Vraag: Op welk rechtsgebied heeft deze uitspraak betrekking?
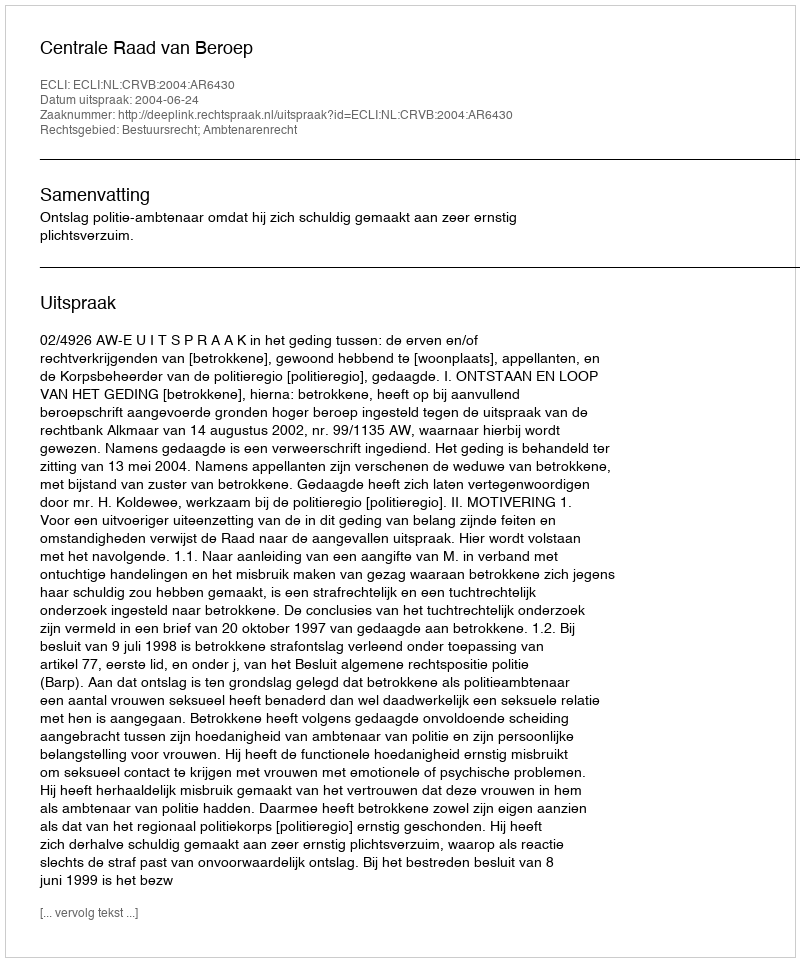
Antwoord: Bestuursrecht; Ambtenarenrecht